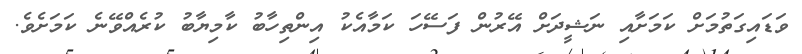
ވަޑައިގަތުމަށް ކަމަށާއި ނަޝީދަށް އޭރުން ފަސޭހަ ކަމާއެކު އިންތިހާބު ކާމިޔާބު ކުރެއްވޭނެ ކަމަށެވެ.